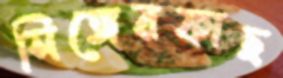
সিঙ্গেরকাছ